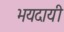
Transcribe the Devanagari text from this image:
भयदायी